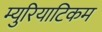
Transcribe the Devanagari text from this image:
म्युरियाटिकम